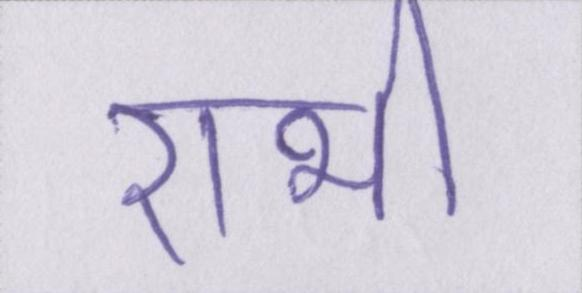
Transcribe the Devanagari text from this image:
राभी